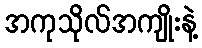
အကုသိုလ်အကျိုးနဲ့